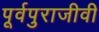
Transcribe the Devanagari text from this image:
पूर्वपुराजीवी